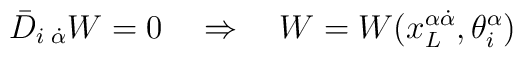
\bar D_{i\;\dot\alpha}W=0 \quad\Rightarrow \quad W=W(x^{\alpha\dot\alpha}_L,\theta^\alpha_i)